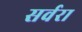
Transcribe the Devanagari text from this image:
सर्वरा